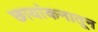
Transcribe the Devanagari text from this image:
छायांकनातून